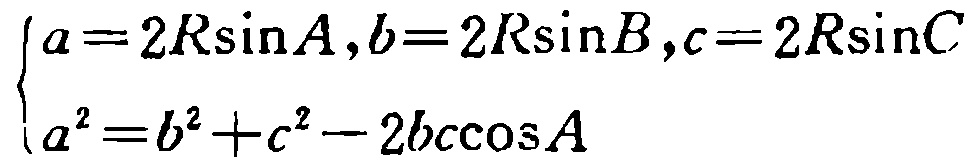
\[\begin{cases}
a = 2R\sin A,b = 2R\sin B,c = 2R\sin C\\
a^{2}=b^{2}+c^{2}-2bc\cos A
\end{cases}\]